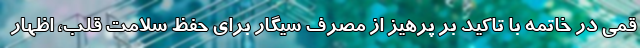
قمی در خاتمه با تاکید بر پرهیز از مصرف سیگار برای حفظ سلامت قلب، اظهار